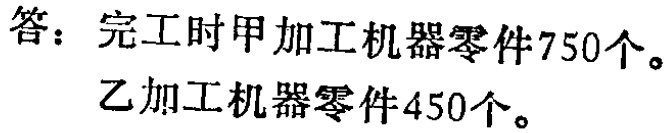
答：完工时甲加工机器零件750个。
乙加工机器零件450个。